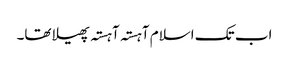
اب تک اسلام آہستہ آہستہ پھیلا تھا۔